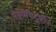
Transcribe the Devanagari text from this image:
नैसर्गिकदृष्टीने